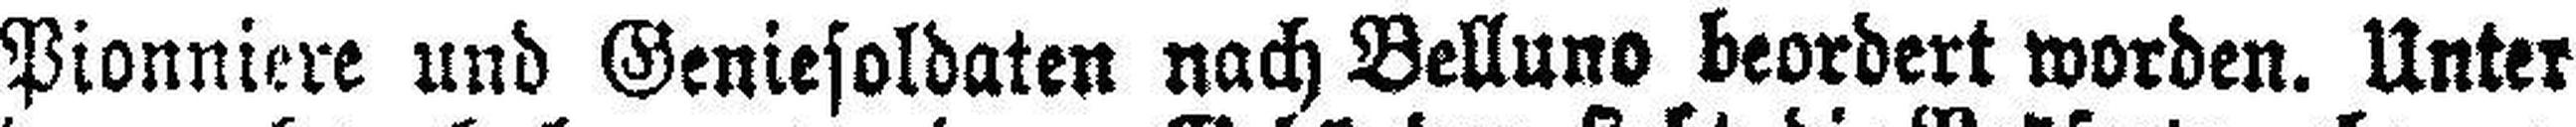
Pionniere und Geniesoldaten nach Belluno beordert worden. Unter